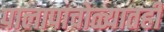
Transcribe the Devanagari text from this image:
पालापाचोळ्यातही